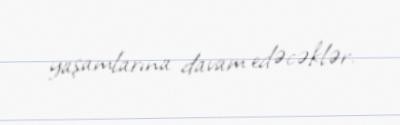
yaşamlarına davam edəcəklər.